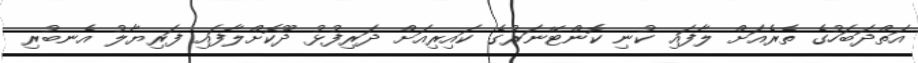
އަތްދަބަހުގެ ތެރެއަށް ލާފައި ކުނި ކޮންޓޭނަރުގެ ކައިރިއަށް ދަރިފުޅު ދޫކޮށްލާފައި ފަރިޔާލު އެނބުރި